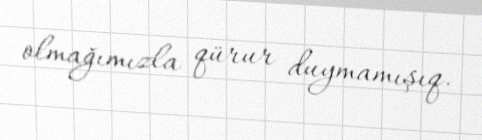
olmağımızla qürur duymamışıq.